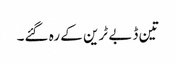
تین ڈبے ٹرین کے رہ گئے۔